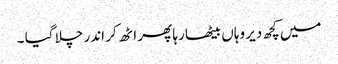
میں کچھ دیر وہاں بیٹھا رہا پھر اٹھ کر اندر چلا گیا ۔